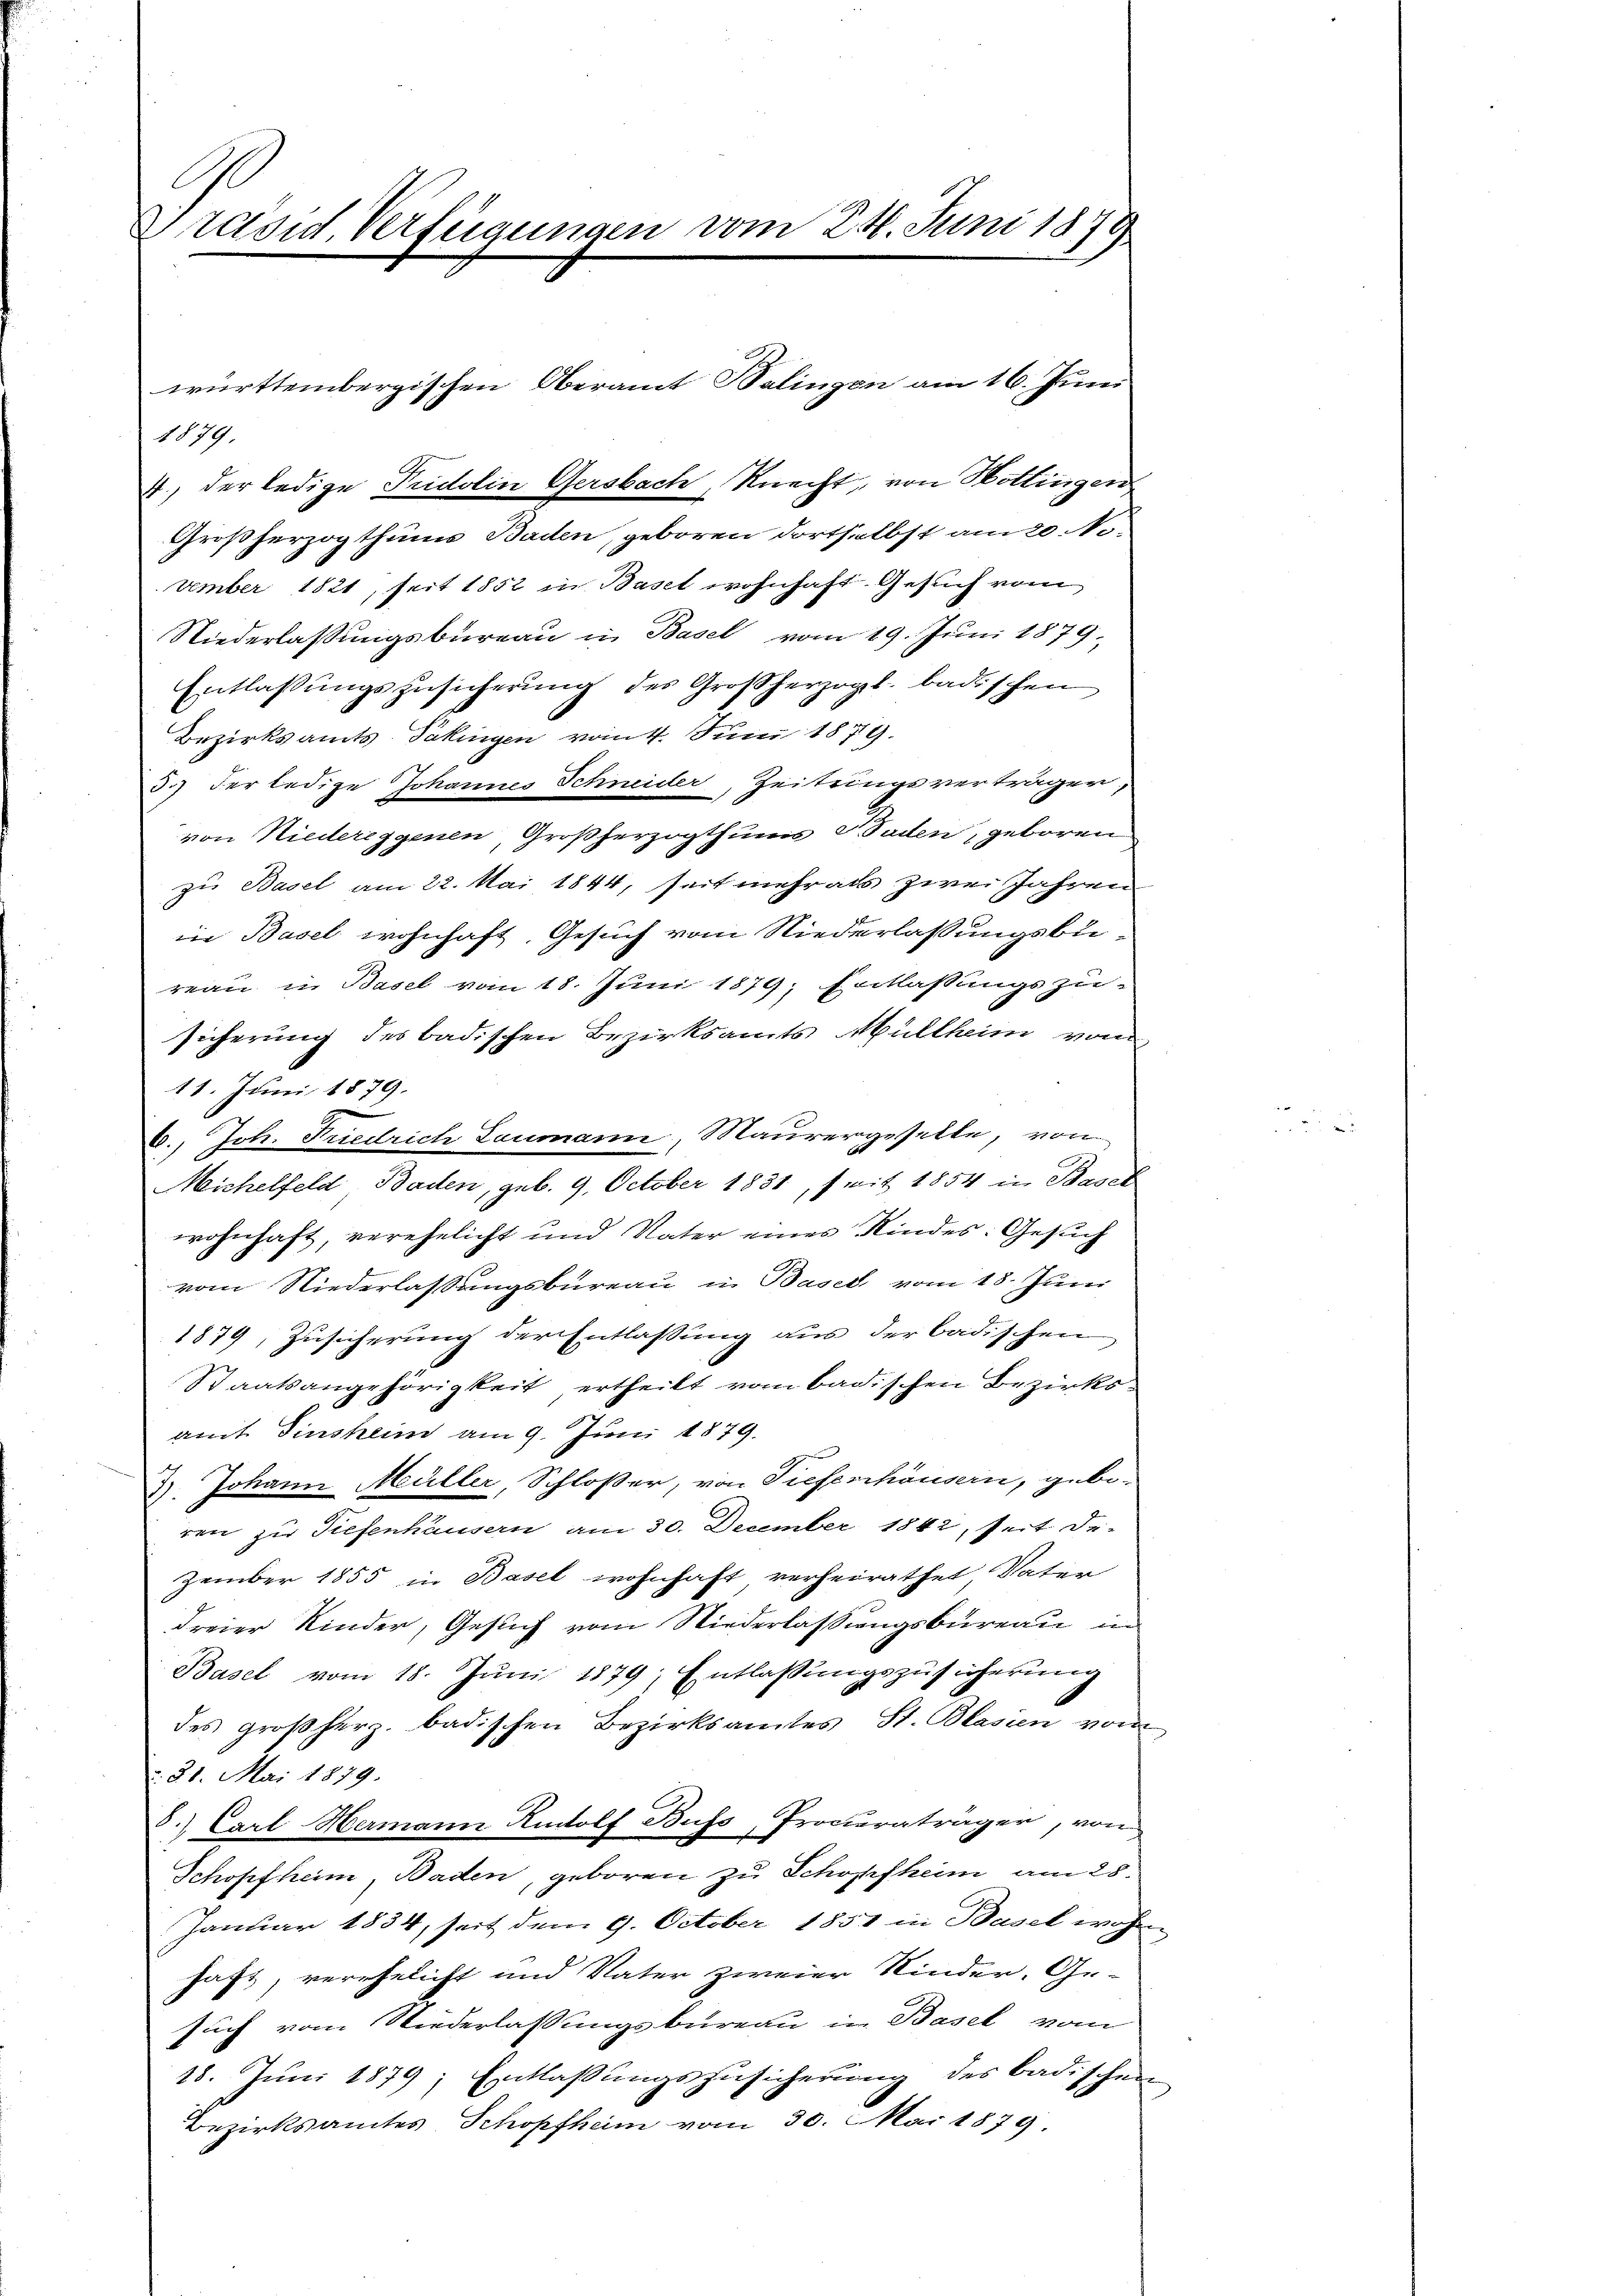
Präsid. Verfügungen vom 24. Juni 1879

1879.
4., der ledige Pridolin Gersbach, Knecht, von Hottingen
Großherzogthums Baden, geboren dortselbst am 20. No-
vember 1821, seit 1852 in Basel wohnhaft. Gesuch vom
Niederlassungsbüreau in Basel vom 19. Juni 1879.
Entlassŭngszusicherŭng des Großherzogl. badischen
Bezirksamts Pakingen vom 4. Juni 1879.
J.) der ledige Johannes Schneider, Zeitungsverträger;
von Niedereggenen, Großherzogthums V. Baden, geboren
zu Basel am 22. Mai 1844, seit mehr als zwei Jahren
in Basel wohnhaft, Gesuch vom Niederlassungsbu-
reau in Basel vom 18. Juni 1879; Entlaßungszu-
sicherung des badischen Bezirksamts Müllheim vom
11. Juni 1879.
6.) Joh. Friedrich Laumann, Maurergeselle, von
Michelfeld Baden, geb. 9. October 1831, seit 1854 in Basel
wohnhaft, verehelicht und Vater eines Kindes: Gesuch
vom Niederlassungsbureau in Basel, vom 18. Juni
1879, Zusicherung der Entlassung aus der badischen
Staatsangehörigkeit ertheilt vom badischen Bezirksamt Einsheim am 9. Juni 1879.
7. Johann Müller, Schloßer, von Tiefernhäusern, gebo-
ren zu Tiefenhäusern am 30. December 1842, seit de-
zember 1855 in Basel wohnhaft verheirathet, Vater
dreier Kinder, Gesuch vom Niederlassungsbureau in
Basel vom 18. Jŭni 1879; Entlassŭngszusicherŭng
des großherz. badischen Bezirksamtes St. Blasien vom
: 21. Mai 1879.
8.) Carl Hermann Rudolf Buss, Procuratrager, von
Schopfheim, Baden, geboren zu Schopfheim am 28.
Januar 1834, seit dem 9. October 1851 in Basel woh
haft, verehelicht und Vater zweier Kinder, Ge-
such vom Niederlassungsbureau in Basel vom
18. Juni 1879; Entlassungszusicherung des Badischen
Bezirksamtes Schopfheim vom 30. Mai 1879.

württembergischen Oberamt Balingen am 16. Juni